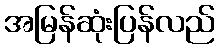
အမြန်ဆုံးပြန်လည်